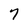
Character: 7